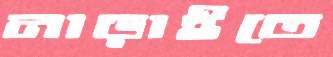
নাড়াইতে